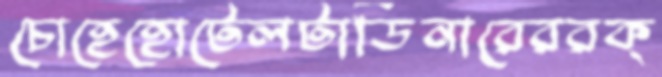
চোহেহোটেলটাডিনারেররক্